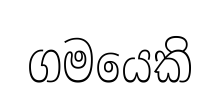
ගමයෙකි